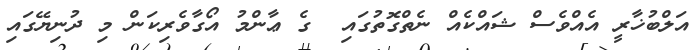
އަލްބުޚާރީ އެއްވެސް ޝައްކެއް ނެތްގޮތުގައި  ގެ ޢާންމު އޯގާވެރިކަން މި ދުނިޔޭގައި